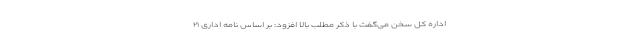
اداره کل سخن می‌گفت با ذکر مطلب بالا افزود: بر اساس نامه اداری ۲۱